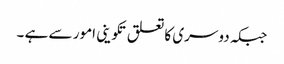
جبکہ دوسری کا تعلق تکوینی امور سے ہے ۔